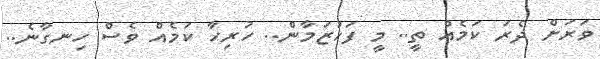
ވަރަށް ދެރަ ކަމެއް ތީ.. މީ ފަހުޒަމާން.. ހުރިހާ ކަމެއް ވެސް ހިނގާނެ..